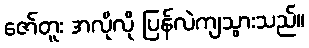
ဇော်တူး အလိုလို ပြန်လဲကျသွားသည်။